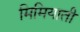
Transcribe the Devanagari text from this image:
मिमियाती